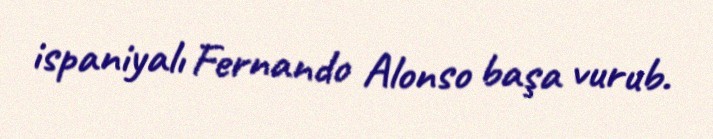
ispaniyalı Fernando Alonso başa vurub.